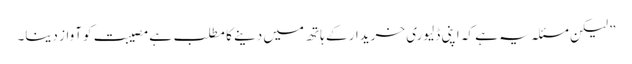
” لیکن مسئلہ یہ ہے کہ اپنی ڈلیوری خریدار کے ہاتھ میں دینے کا مطلب ہے مصیبت کو آواز دینا۔